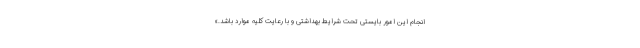
انجام این امور بایستی تحت شرایط بهداشتی و با رعایت کلیه موارد باشد.»